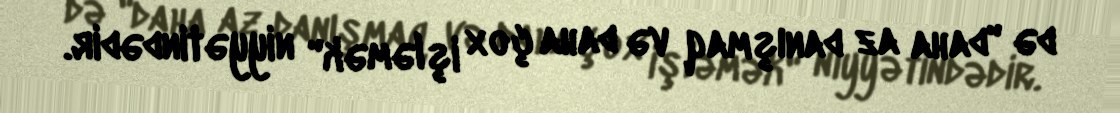
də "daha az danışmaq və daha çox işləmək" niyyətindədir.